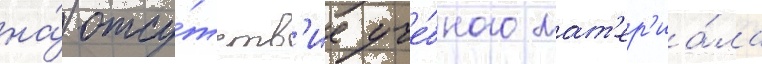
на́ отсу́тств'ие уче́бного мат'ер'иа́ла